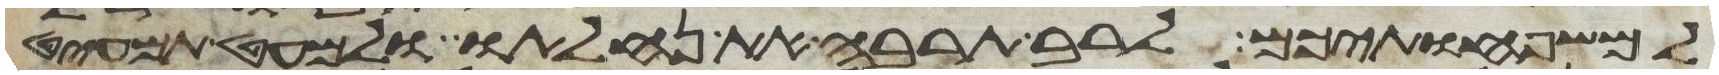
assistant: למשפחותיכם לרב תרבה את נחלתו ולמעט תמעיט